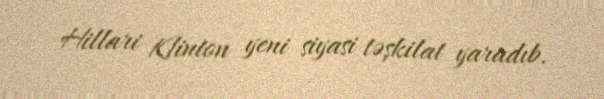
Hillari Klinton yeni siyasi təşkilat yaradıb.